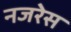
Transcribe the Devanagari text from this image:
नजरेेस